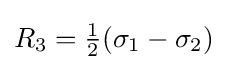
R_{3}={\tfrac {1}{2}}(\sigma _{1}-\sigma _{2})